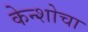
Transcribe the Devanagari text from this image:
केन्शोचा